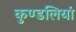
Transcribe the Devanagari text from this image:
कुण्‍डलियां